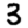
Digit: 3